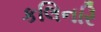
કલિનરિ